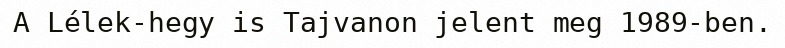
A Lélek-hegy is Tajvanon jelent meg 1989-ben.